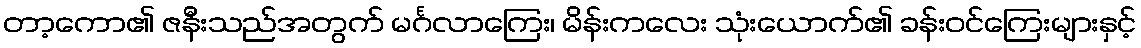
တာ့ကော၏ ဇနီးသည်အတွက် မင်္ဂလာကြေး၊ မိန်းကလေး သုံးယောက်၏ ခန်းဝင်ကြေးများနှင့်